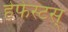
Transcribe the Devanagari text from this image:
हेफेस्टस्‌